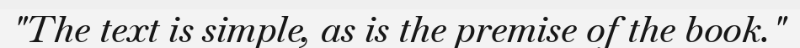
"The text is simple, as is the premise of the book."